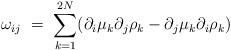
LaTeX: \begin{align*}\omega_{ij} \ = \ \sum_{k=1}^{2N} (\partial_i\mu_k \partial_j \rho_k - \partial_j \mu_k \partial_i \rho_k)\end{align*}